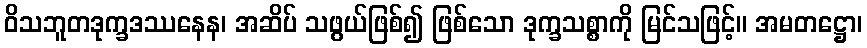
ဝိသဘူတဒုက္ခဒဿနေန၊ အဆိပ် သဖွယ်ဖြစ်၍ ဖြစ်သော ဒုက္ခသစ္စာကို မြင်သဖြင့်။ အမတဋ္ဌော၊